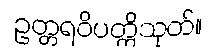
ဥတ္တရဝိပတ္တိသုတ်။